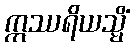
ဣဿရိယသ္မိံ